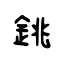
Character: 銚